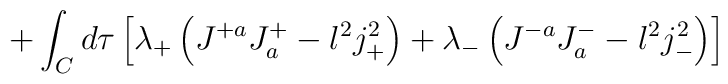
+ \int_C d\tau \left[ \lambda_+ \left( J^{+a}J^{+}_a - l^2j_+^2 \right)+  \lambda_- \left( J^{-a} J_a^{-} - l^2j_-^{2}\right)\right]